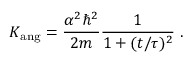
K _ { \mathrm { a n g } } = { \frac { \alpha ^ { 2 } \hbar ^ { 2 } } { 2 m } } { \frac { 1 } { 1 + ( t / \tau ) ^ { 2 } } } ~ .